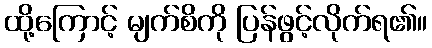
ထို့ကြောင့် မျက်စိကို ပြန်ဖွင့်လိုက်ရ၏။